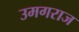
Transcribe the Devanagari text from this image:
उमगराज